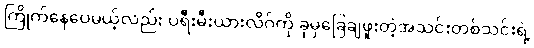
ကြိုက်နေပေမယ့်လည်း ပရီးမီးယားလိဂ်ကို ခုမှခြေချဖူးတဲ့အသင်းတစ်သင်းရဲ့